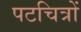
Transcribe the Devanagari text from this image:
पटचित्रों